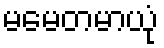
မမေတမာယုံ